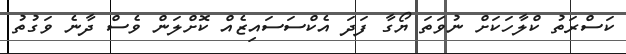
ކަސްރަތު ކްލާހަކަށް ނުވަތަ ޔޯގާ ފަދަ އެކްސަސައިޒެއް ކޮށްލަން ވެސް ދާނެ ވަގުތު